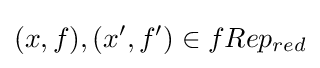
(x,f),(x',f')\in fRep_{red}